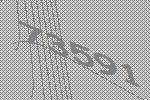
73591